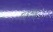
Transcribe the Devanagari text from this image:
एड्सस